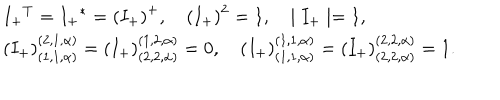
\begin{array} { l } { { { I _ { + } } ^ { T } = { I _ { + } } ^ { * } = { ( I _ { + } ) } ^ { + } , \quad { ( I _ { + } ) } ^ { 2 } = 1 , \quad \mid I _ { + } \mid = 1 , } } \\ { { ( { I _ { + } } ) _ { ( 1 , 1 , \alpha ) } ^ { ( 2 , 1 , \alpha ) } = ( { I _ { + } } ) _ { ( 2 , 2 , \alpha ) } ^ { ( 1 , 2 , \alpha ) } = 0 , \quad ( { I _ { + } } ) _ { ( 1 , 1 , \alpha ) } ^ { ( 1 , 1 , \alpha ) } = ( { I _ { + } } ) _ { ( 2 , 2 , \alpha ) } ^ { ( 2 , 2 , \alpha ) } = 1 . } } \\ \end{array}